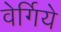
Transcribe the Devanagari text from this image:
वेर्गिये